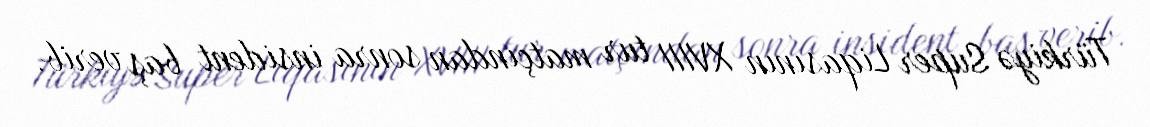
Türkiyə Super Liqasının XVIII tur matçından sonra insident baş verib.